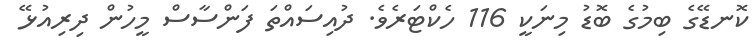
ކޮނޑޭގެ ބިމުގެ ބޮޑު މިނަކީ 116 ހެކްޓަރެވެ. ދުއިސައްތަ ފަންސާސް މީހުން ދިރިއުޅޭ